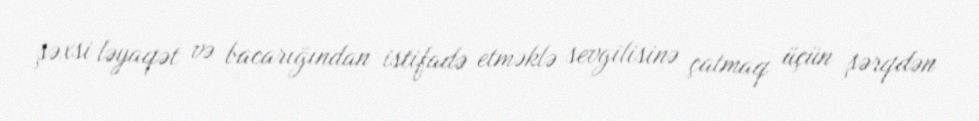
şəxsi ləyaqət və bacarığından istifadə etməklə sevgilisinə çatmaq üçün şərqdən